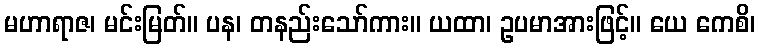
မဟာရာဇ၊ မင်းမြတ်။ ပန၊ တနည်းသော်ကား။ ယထာ၊ ဥပမာအားဖြင့်။ ယေ ကေစိ၊